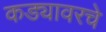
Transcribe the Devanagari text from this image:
कड्यावरचे